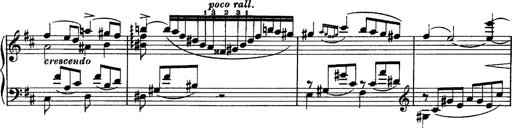
Title: Piano Sonata
Composer: Karl HÃ¤ssler
Key: C major